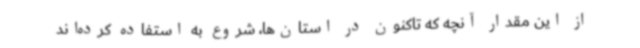
از این مقدار آنچه که تاکنون در استان‌ها، شروع به استفاده کرده‌اند